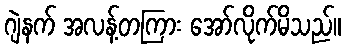
ဂျဲနက် အလန့်တကြား အော်လိုက်မိသည်။